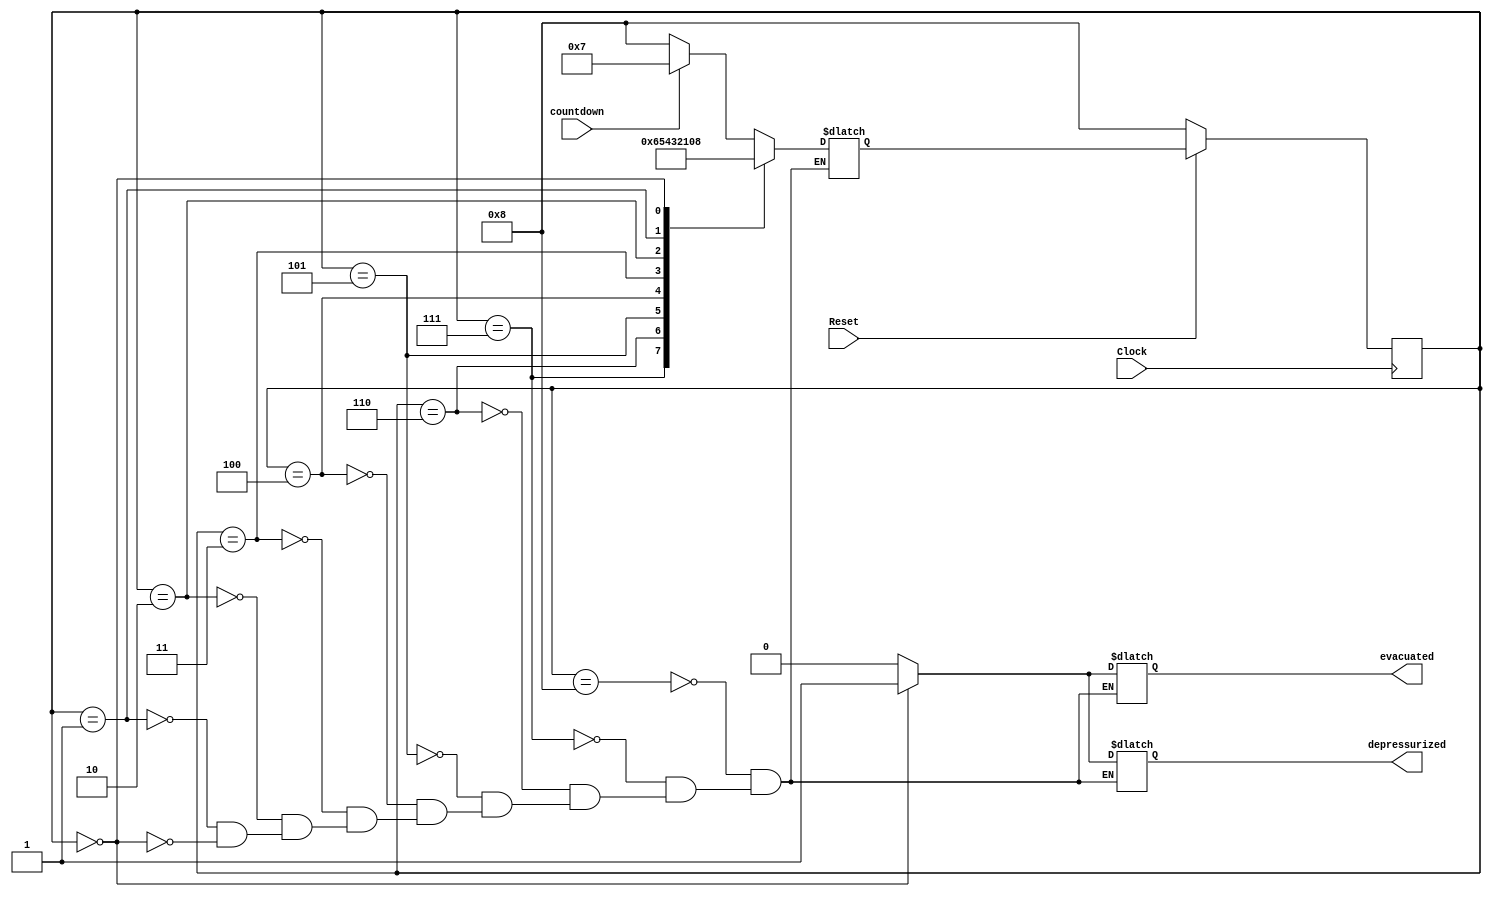
module countdown_Evacuate(Clock, Reset, countdown, depressurized, evacuated);
	input Clock, Reset, countdown;
	output reg evacuated, depressurized;
	
	parameter A = 4'b1000,  B = 4'b0111, C = 4'b0110, D = 4'b0101, E = 4'b0100, F = 4'b0011, G = 4'b0010, H = 4'b0001, I = 4'b0000;
	
	reg [3:0] ps;
	reg [3:0] ns; 
	
	always@(*)
	
		case (ps)
		
			A: begin 
			
				if(countdown) begin
				ns = B;
				evacuated = 0;
				depressurized = 0;
				end
				
				else begin
				ns = A;
				evacuated = 0;
				depressurized = 0;
				end
				
		
		
			end 
			
			B: begin 
			ns = C;	
			evacuated = 0;
			depressurized = 0;
			end 
			
			C: begin 
			ns = D;
			evacuated = 0;
			depressurized = 0;
			end 
			
			D: begin 
			ns = E;
			evacuated = 0;
			depressurized = 0;
			end 
			
			E: begin 
			ns = F;
			evacuated = 0;
			depressurized = 0;
			end 
			
			F: begin 
			ns = G;
			evacuated = 0;
			depressurized = 0;
			end 
			
			G: begin 
			ns = H;
			evacuated = 0;
			depressurized = 0;
			end 
			
			H: begin 
			ns = I;
			evacuated = 0;
			depressurized = 0;
			end 
			
			I: begin 
			ns = A;
			evacuated = 1;
			depressurized = 1;
			end 
		
		endcase
		
	always@(posedge Clock)
		if(!Reset) begin
			ps <= A;
			
		end 
				
		else begin
		
			ps <= ns;
			
		end 
	
endmodule